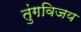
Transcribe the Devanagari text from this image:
तुंगविजय